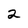
Character: 2